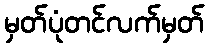
မှတ်ပုံတင်လက်မှတ်